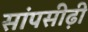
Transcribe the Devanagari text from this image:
सांपसीढ़ी